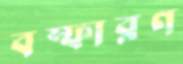
বস্ফারণ